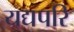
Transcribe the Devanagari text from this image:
यद्यपरि